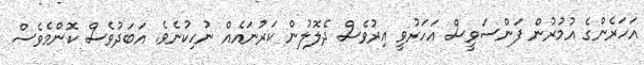
އަހަރެންގެ އުމުރުން ފަންސަވީސް އަހަރުވީ އިރުވެސް ދެލޮލުން ކަރުނައެއް ނުހިކުނެވެ. އަބަދުވެސް ކޮންމެވެސް